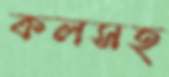
কলসহ